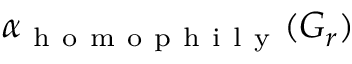
\alpha _ { \mathrm { ~ h ~ o ~ m ~ o ~ p ~ h ~ i ~ l ~ y ~ } } ( G _ { r } )